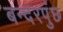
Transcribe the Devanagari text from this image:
बन्दरपुंछ